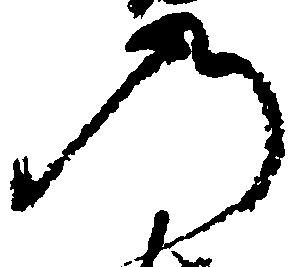
の